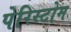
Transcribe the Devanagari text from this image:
पेरिस्टोम